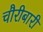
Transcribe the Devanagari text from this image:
चौरीबारी